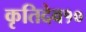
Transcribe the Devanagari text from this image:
कृतिदेव१०